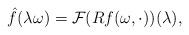
LaTeX: \begin{align*}\hat{f}(\lambda\omega)= \mathcal F (Rf(\omega, \cdot))(\lambda),\end{align*}